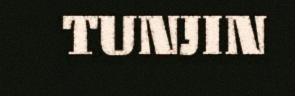
TUNJIN